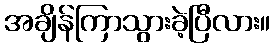
အချိန်ကြာသွားခဲ့ပြီလား။